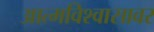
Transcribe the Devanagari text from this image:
आत्मविश्वासावर